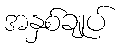
အနှစ်ချုပ်